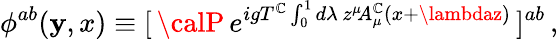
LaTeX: \phi^{ab}(\mathbf{y},x)\equiv[\, {\calP}\, e^{igT^{\mathbb{C}}\int_{0}^{1}d\lambda\, z^{\mu}\! A_{\mu}^{\mathbb{C}}(x+\lambdaz)}\, ]^{ab}\, ,